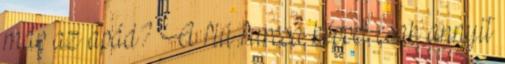
már az apád? A fiú furcsa képpel csak annyit